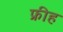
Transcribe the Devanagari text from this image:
फ्रीह